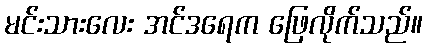
မင်းသားလေး အင်ဒရေက ဖြေလိုက်သည်။